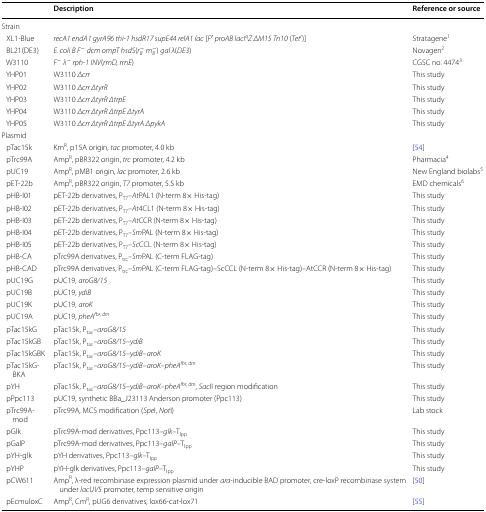
<table><thead><tr><td></td><td><b>Description</b></td><td><b>Reference or source</b></td></tr></thead><tbody><tr><td colspan="3">Strain</td></tr><tr><td> XL1-Blue</td><td><i>recA1 endA1 gyrA96 thi-1 hsdR17 supE44 relA1 lac</i> [<i>F</i>′ <i>proAB lacI</i><sup><i>q</i></sup><i>Z ΔM15 Tn10</i> (<i>Tet</i><sup><i>r</i></sup>)]</td><td>Stratagene<sup>1</sup></td></tr><tr><td> BL21(DE3)</td><td><i>E. coli B F</i><sup>−</sup><i>dcm ompT hsdS</i>(<i>r</i><sub><i>B</i></sub><sup>−</sup><i>m</i><sub><i>B</i></sub><sup>−</sup>) <i>gal λ</i>(<i>DE3</i>)</td><td>Novagen<sup>2</sup></td></tr><tr><td> W3110</td><td><i>F</i><sup>−</sup><i>λ</i><sup>−</sup><i>rph-1 INV</i>(<i>rrnD, rrnE</i>)</td><td>CGSC no. 4474<sup>3</sup></td></tr><tr><td> YHP01</td><td>W3110 <i>Δcrr</i></td><td>This study</td></tr><tr><td> YHP02</td><td>W3110 <i>Δcrr ΔtyrR</i></td><td>This study</td></tr><tr><td> YHP03</td><td>W3110 <i>Δcrr ΔtyrR ΔtrpE</i></td><td>This study</td></tr><tr><td> YHP04</td><td>W3110 <i>Δcrr ΔtyrR ΔtrpE ΔtyrA</i></td><td>This study</td></tr><tr><td> YHP05</td><td>W3110 <i>Δcrr ΔtyrR ΔtrpE ΔtyrA ΔpykA</i></td><td>This study</td></tr><tr><td colspan="3">Plasmid</td></tr><tr><td> pTac15k</td><td>Km<sup>R</sup>, p15A origin, <i>tac</i> promoter, 4.0 kb</td><td>[54]</td></tr><tr><td> pTrc99A</td><td>Amp<sup>R</sup>, pBR322 origin, <i>trc</i> promoter, 4.2 kb</td><td>Pharmacia<sup>4</sup></td></tr><tr><td> pUC19</td><td>Amp<sup>R</sup>, pMB1 origin, <i>lac</i> promoter, 2.6 kb</td><td>New England biolabs<sup>5</sup></td></tr><tr><td> pET-22b</td><td>Amp<sup>R</sup>, pBR322 origin, <i>T7</i> promoter, 5.5 kb</td><td>EMD chemicals<sup>6</sup></td></tr><tr><td> pHB-I01</td><td>pET-22b derivatives, P<sub>T7</sub>–<i>At</i>PAL1 (N-term 8× His-tag)</td><td>This study</td></tr><tr><td> pHB-I02</td><td>pET-22b derivatives, P<sub>T7</sub>–<i>At</i>4CL1 (N-term 8× His-tag)</td><td>This study</td></tr><tr><td> pHB-I03</td><td>pET-22b derivatives, P<sub>T7</sub>–<i>At</i>CCR (N-term 8× His-tag)</td><td>This study</td></tr><tr><td> pHB-I04</td><td>pET-22b derivatives, P<sub>T7</sub>–<i>Sm</i>PAL (N-term 8× His-tag)</td><td>This study</td></tr><tr><td> pHB-I05</td><td>pET-22b derivatives, P<sub>T7</sub>–<i>Sc</i>CCL (N-term 8× His-tag)</td><td>This study</td></tr><tr><td> pHB-CA</td><td>pTrc99A derivatives, P<sub>trc</sub>–<i>Sm</i>PAL (C-term FLAG-tag)</td><td>This study</td></tr><tr><td> pHB-CAD</td><td>pTrc99A derivatives, P<sub>trc</sub>–<i>Sm</i>PAL (C-term FLAG-tag)–ScCCL (N-term 8× His-tag)–AtCCR (N-term 8× His-tag)</td><td>This study</td></tr><tr><td> pUC19G</td><td>pUC19, <i>aroG8/15</i></td><td>This study</td></tr><tr><td> pUC19B</td><td>pUC19, <i>ydiB</i></td><td>This study</td></tr><tr><td> pUC19K</td><td>pUC19, <i>aroK</i></td><td>This study</td></tr><tr><td> pUC19A</td><td>pUC19, <i>pheA</i><sup><i>fbr, dm</i></sup></td><td>This study</td></tr><tr><td> pTac15kG</td><td>pTac15k, P<sub>tac</sub>–<i>aroG8/15</i></td><td>This study</td></tr><tr><td> pTac15kGB</td><td>pTac15k, P<sub>tac</sub>–<i>aroG8/15</i>–<i>ydiB</i></td><td>This study</td></tr><tr><td> pTac15kGBK</td><td>pTac15k, P<sub>tac</sub>–<i>aroG8/15</i>–<i>ydiB</i>–<i>aroK</i></td><td>This study</td></tr><tr><td> pTac15kGBKA</td><td>pTac15k, P<sub>tac</sub>–<i>aroG8/15</i>–<i>ydiB</i>–<i>aroK</i>–<i>pheA</i><sup><i>fbr, dm</i></sup></td><td>This study</td></tr><tr><td> pYH</td><td>pTac15k, P<sub>tac</sub>–<i>aroG8/15</i>–<i>ydiB</i>–<i>aroK</i>–<i>pheA</i><sup><i>fbr, dm</i></sup>, <i>Sac</i>II region modification</td><td>This study</td></tr><tr><td> pPpc113</td><td>pUC19, synthetic BBa_J23113 Anderson promoter (Ppc113)</td><td>This study</td></tr><tr><td> pTrc99A-mod</td><td>pTrc99A, MCS modification (<i>Spe</i>I, <i>Not</i>I)</td><td>Lab stock</td></tr><tr><td> pGlk</td><td>pTrc99A-mod derivatives, Ppc113–<i>glk</i>–T<sub>lpp</sub></td><td>This study</td></tr><tr><td> pGalP</td><td>pTrc99A-mod derivatives, Ppc113–<i>galP</i>–T<sub>lpp</sub></td><td>This study</td></tr><tr><td> pYH-glk</td><td>pYH derivatives, Ppc113–<i>glk</i>–T<sub>lpp</sub></td><td>This study</td></tr><tr><td> pYHP</td><td>pYH-glk derivatives, Ppc113–<i>galP</i>–T<sub>lpp</sub></td><td>This study</td></tr><tr><td> pCW611</td><td>Amp<sup>R</sup>, λ-red recombinase expression plasmid under <i>ara</i>-inducible BAD promoter, cre-loxP recombinase system under <i>lacUV5</i> promoter, temp sensitive origin</td><td>[50]</td></tr><tr><td> pEcmuloxC</td><td>Amp<sup>R</sup>, Cm<sup>R</sup>, pUG6 derivatives, lox66-cat-lox71</td><td>[55]</td></tr></tbody></table>